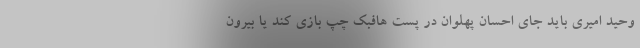
وحید امیری باید جای احسان پهلوان در پست هافبک چپ بازی کند یا بیرون